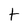
Character: t